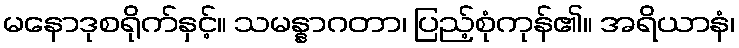
မနောဒုစရိုက်နှင့်။ သမန္နာဂတာ၊ ပြည့်စုံကုန်၏။ အရိယာနံ၊